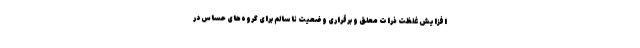
افزایش غلظت ذرات معلق و برقراری وضعیت ناسالم برای گروه‌های حساس در